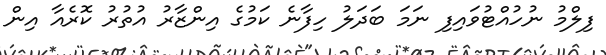
ފިލްމު ނުހުއްޓުވައިފި ނަމަ ބަދަލު ހިފާނެ ކަމުގެ އިންޒާރު އުތުރު ކޮރެއާ އިން